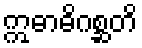
ဣဓာဓိဂစ္ဆတိ